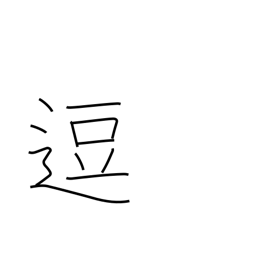
Meaning: stop